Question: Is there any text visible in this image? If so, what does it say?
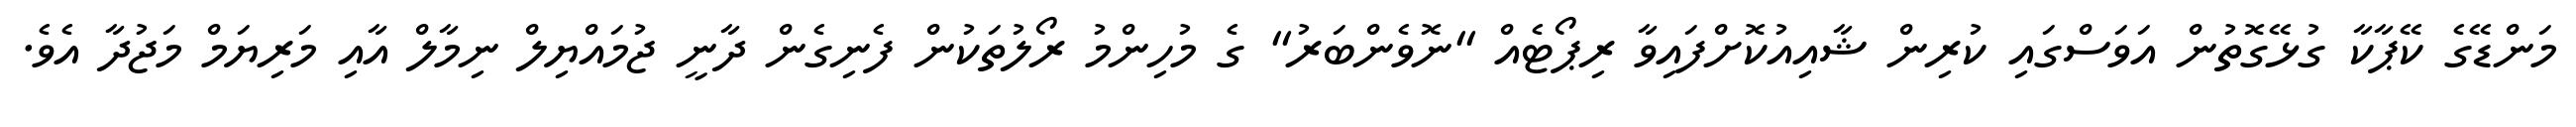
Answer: މަންޑޭގެ ކޭޕާކާ ގުޅޭގޮތުން އަވަސްގައި ކުރިން ޝާއިއުކޮށްފައިވާ ރިޕޯޓެއް "ނޮވެންބަރު" ގެ މުހިންމު ރޯލުތަކުން ފެނިގެން ދާނީ ޖުމައްޔިލް ނިމާލް އާއި މަރިޔަމް މަޖުދާ އެވެ.